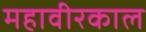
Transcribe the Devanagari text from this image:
महावीरकाल